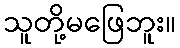
သူတို့မဖြေဘူး။